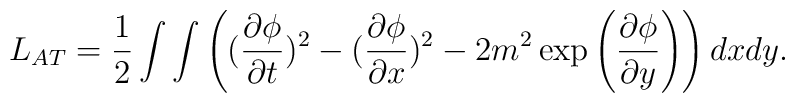
L_{AT}={1\over2}\int \int  \left(({\partial \phi \over \partial t})^2-({\partial \phi \over \partial x})^2- 2m^2\exp\left({\partial \phi \over \partial y}\right)\right) dx dy.